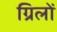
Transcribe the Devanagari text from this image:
ग्रिलों